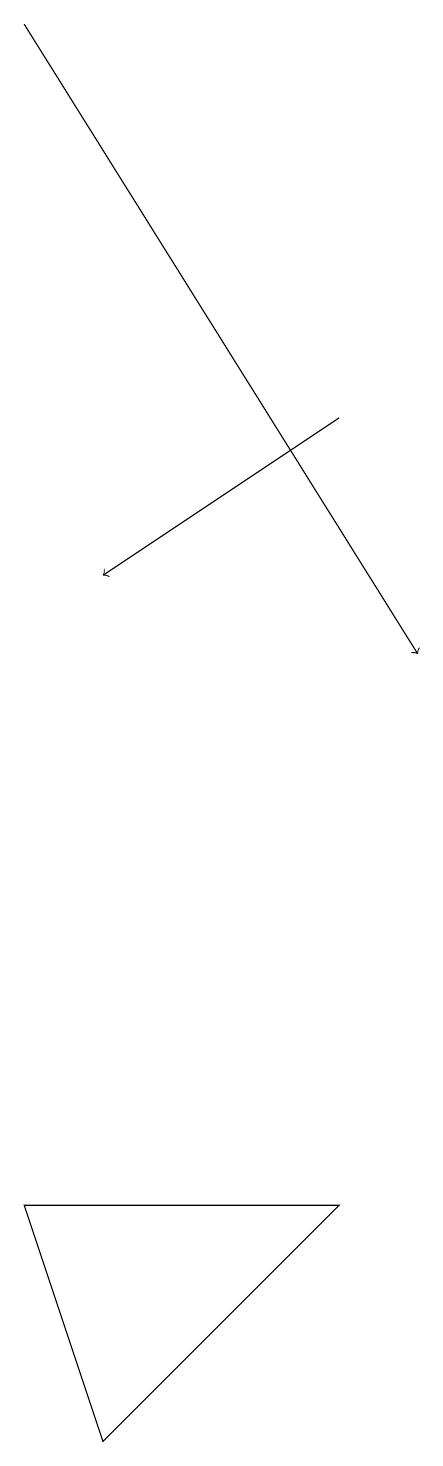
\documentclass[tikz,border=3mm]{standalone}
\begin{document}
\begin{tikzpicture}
\draw[->] (7,13) -- (4,11);
\draw (7,3) -- (4,0) -- (3,3) -- cycle;
\draw[->] (3,18) -- (8,10);
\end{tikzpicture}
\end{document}